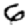
Digit: 6